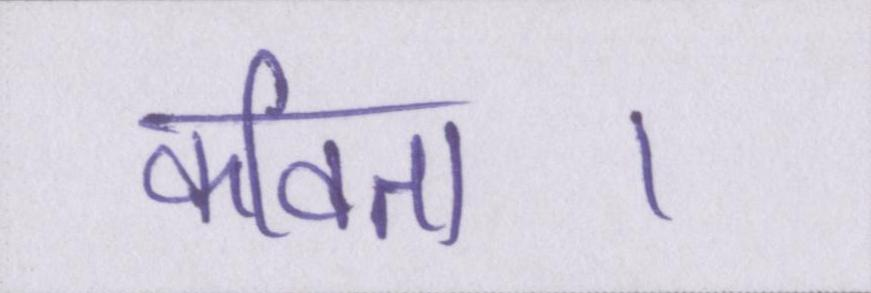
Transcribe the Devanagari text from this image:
कविता।